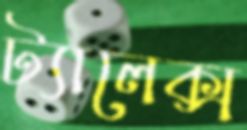
ট্যালেক্স